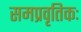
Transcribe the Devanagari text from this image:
समप्रवृतिकः